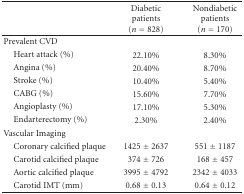
<table><thead><tr><td></td><td><b>Diabetic patients (<i>n</i> = 828)</b></td><td><b>Nondiabetic patients (<i>n</i> = 170)</b></td></tr></thead><tbody><tr><td>Prevalent CVD</td><td></td><td></td></tr><tr><td> Heart attack (%)</td><td>22.10%</td><td>8.30%</td></tr><tr><td> Angina (%)</td><td>20.40%</td><td>8.70%</td></tr><tr><td> Stroke (%)</td><td>10.40%</td><td>5.40%</td></tr><tr><td> CABG (%)</td><td>15.60%</td><td>7.70%</td></tr><tr><td> Angioplasty (%)</td><td>17.10%</td><td>5.30%</td></tr><tr><td> Endarterectomy (%)</td><td>2.30%</td><td>2.40%</td></tr><tr><td>Vascular Imaging</td><td></td><td></td></tr><tr><td> Coronary calcified plaque</td><td>1425 ± 2637</td><td>551 ± 1187</td></tr><tr><td> Carotid calcified plaque</td><td>374 ± 726</td><td>168 ± 457</td></tr><tr><td> Aortic calcified plaque</td><td>3995 ± 4792</td><td>2342 ± 4033</td></tr><tr><td> Carotid IMT (mm)</td><td>0.68 ± 0.13</td><td>0.64 ± 0.12</td></tr></tbody></table>